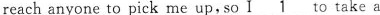
reach anyone to pick me up, so I \underline{1} to take a